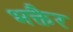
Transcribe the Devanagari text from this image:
भक्तैर